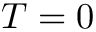
T = 0